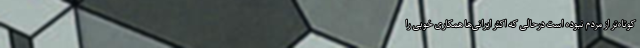
کوتاه‌تر از مردم نبوده است درحالی که اکثر ایرانی‌ها همکاری خوبی را